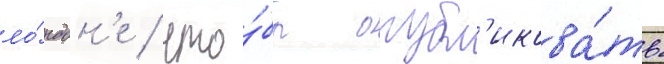
ло́ндон'е / что́бы опубл'икова́ть